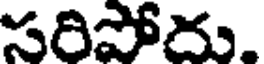
సరిపోదు.